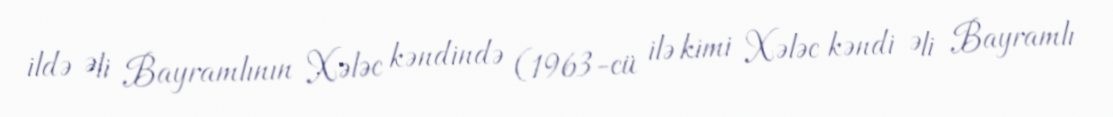
ildə Əli Bayramlının Xələc kəndində (1963-cü ilə kimi Xələc kəndi Əli Bayramlı